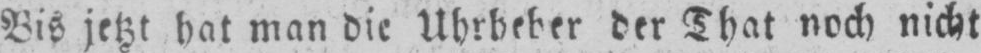
Bis jetzt hat man die Uhrheber der That noch nicht